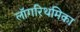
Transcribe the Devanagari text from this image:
लॉगरिथमिका